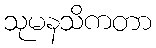
သုမနသိကတာ